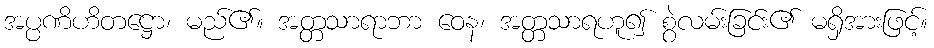
အပ္ပဏိဟိတဋ္ဌော၊ မည်၏။ အတ္တသာရာဘာ ဝေန၊ အတ္တသာရဟူ၍ စွဲလမ်းခြင်း၏ မရှိအားဖြင့်။